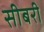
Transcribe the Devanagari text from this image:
सीबरी